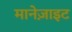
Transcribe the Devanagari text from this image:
मानेज़ाइट